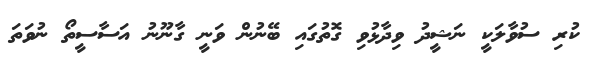
ކުރި ސުވާލަކީ ނަޝީދު ވިދާޅުވި ގޮތުގައި ބޭނުން ވަނީ ގާނޫނު އަސާސީތޯ ނުވަތަ